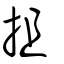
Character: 抯